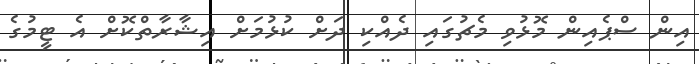
އިން ސްޕެއިން މޮޅުވި މެޗުގައި ދެއްކި ދަށް ކުޅުމަށް އިޝާރާތްކޮށް އެ ޓީމުގެ